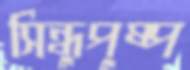
সিন্ধুপুষ্প